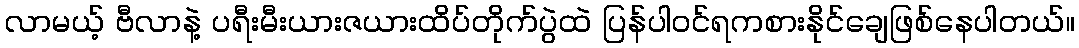
လာမယ့် ဗီလာနဲ့ ပရီးမီးယားဇယားထိပ်တိုက်ပွဲထဲ ပြန်ပါဝင်ရကစားနိုင်ချေဖြစ်နေပါတယ်။